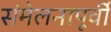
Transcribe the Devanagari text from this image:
संमेलनापूर्वी